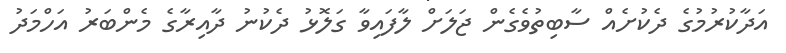
އަދާކުރުމުގެ ދެކުށެއް ސާބިތުވެގެން ޖަލަށް ލާފައިވާ ގަލޮޅު ދެކުނު ދާއިރާގެ މެންބަރު އަހްމަދު